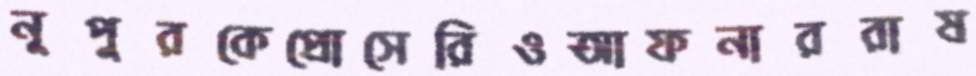
নূপুরকেপ্রোসেরিওআফনাররাষ